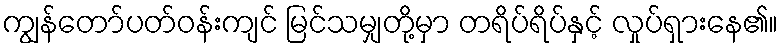
ကျွန်တော်ပတ်ဝန်းကျင် မြင်သမျှတို့မှာ တရိပ်ရိပ်နှင့် လှုပ်ရှားနေ၏။